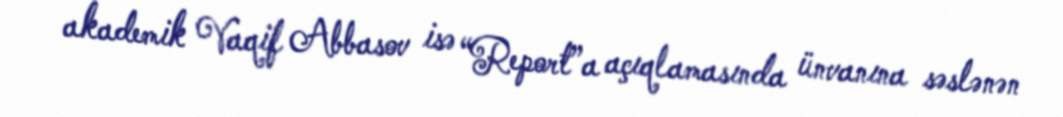
akademik Vaqif Abbasov isə “Report”a açıqlamasında ünvanına səslənən